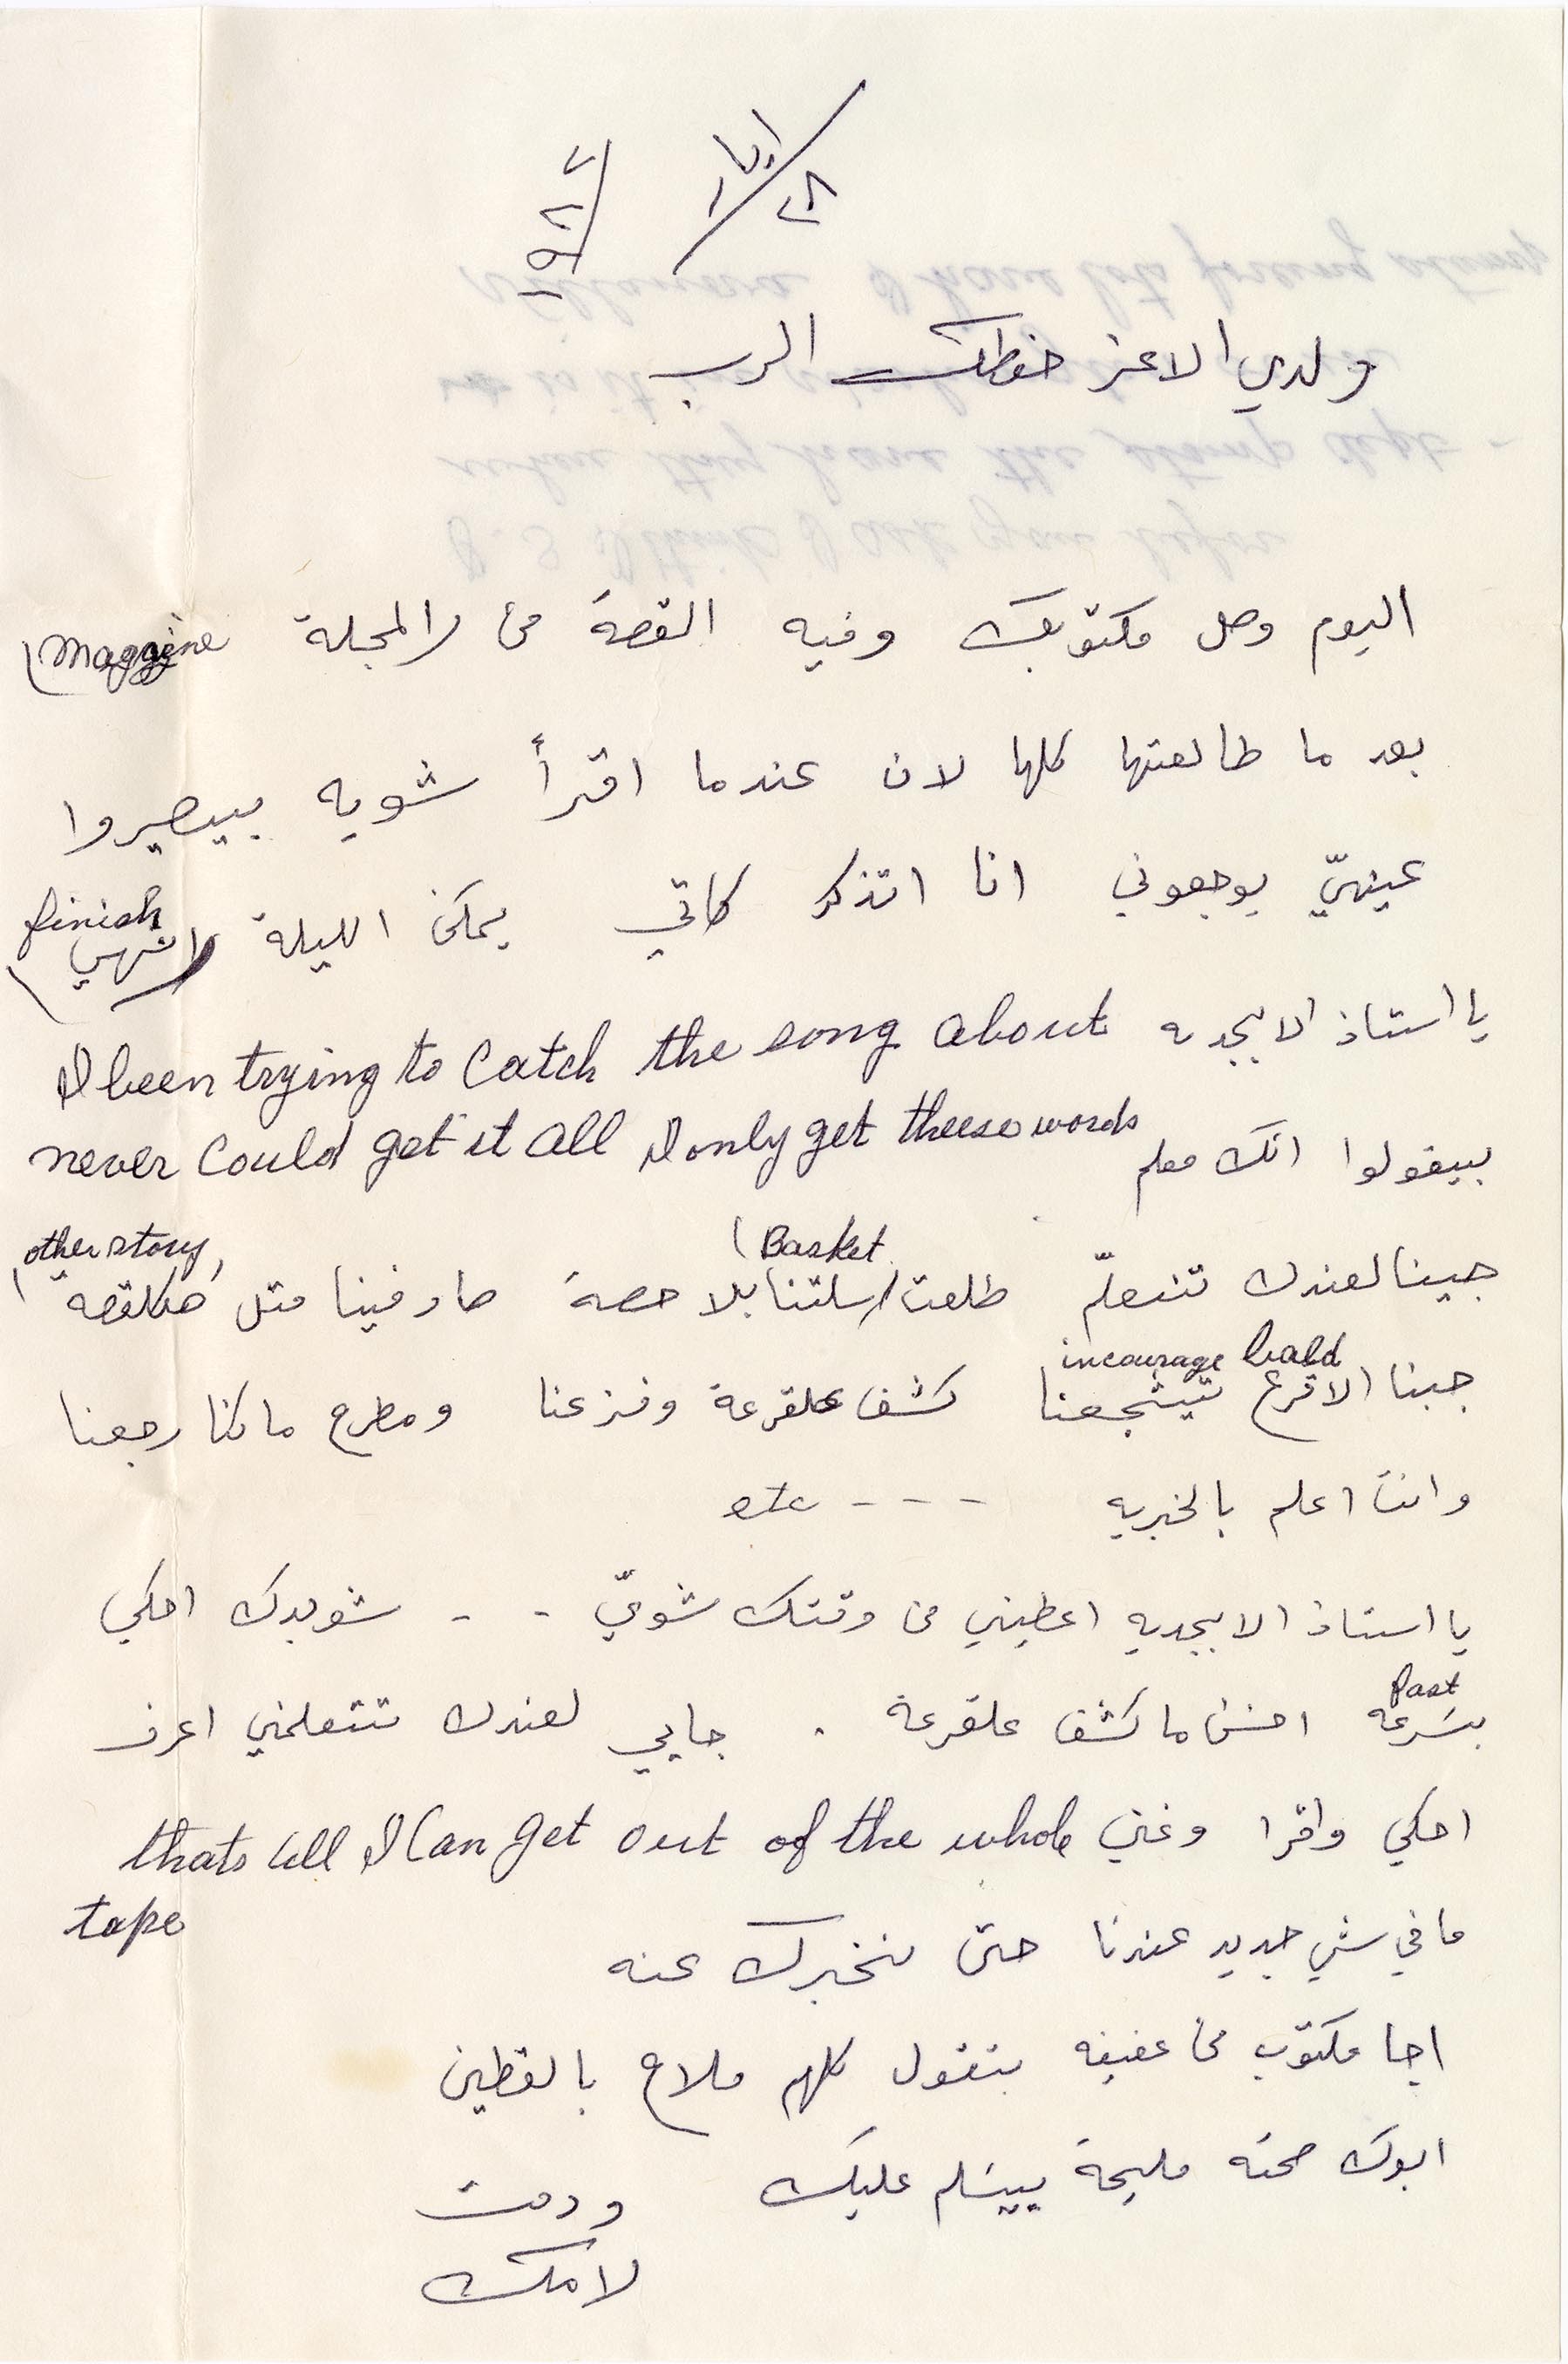
أيار
ولدي الاعز حفظك الرب
اليوم وصل مكتوب وفيه القصة من المجلة
بعد ما طالعتها كلها لان عندما اقرأ شويه بيصيروا
عينيّ يوجعوني انا أتذكر كاتي يمكن الليلة انهي
يا أستاذ الابجدية
بيقولوا انك معلم
جينا لعندك نتعلم طلعت اسلتنا بلا حصة صار فينا متل هالقصة
جبنا الاقرع تيشجعنا كشف علقرعة وفزعنا ومطرح ما كنا رجعنا
وانت اعلم بالخبرية
يا أستاذ الابجدية اعطيني من وقتك شويّ - - شو بدك احكي
بسرعة احسن ما كشف علقرعة. جاي لعندك تتعلمني اعرف
احكي واقرا وغني
ما في جديد عندنا حتى نخبرك عنه
اجا مكتوب من عفيفه بتقول كلهم ملاح بالقطين
ابوك صحته مليحة بيسلم عليك
ودمت
لامك